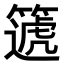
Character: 𥳠